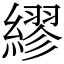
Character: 繆